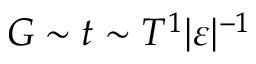
G \sim t \sim T ^ { 1 } \vert \varepsilon \vert ^ { - 1 }